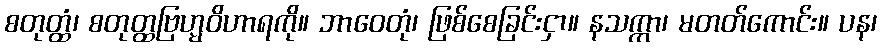
စတုတ္ထံ၊ စတုတ္ထဗြဟ္မဝိဟာရကို။ ဘာဝေတုံ၊ ဖြစ်စေခြင်းငှာ။ နသက္ကာ၊ မတတ်ကောင်း။ ပန၊